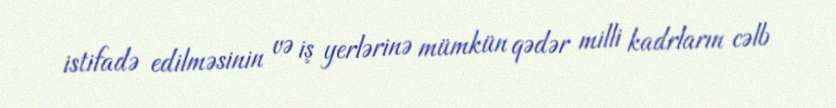
istifadə edilməsinin və iş yerlərinə mümkün qədər milli kadrların cəlb